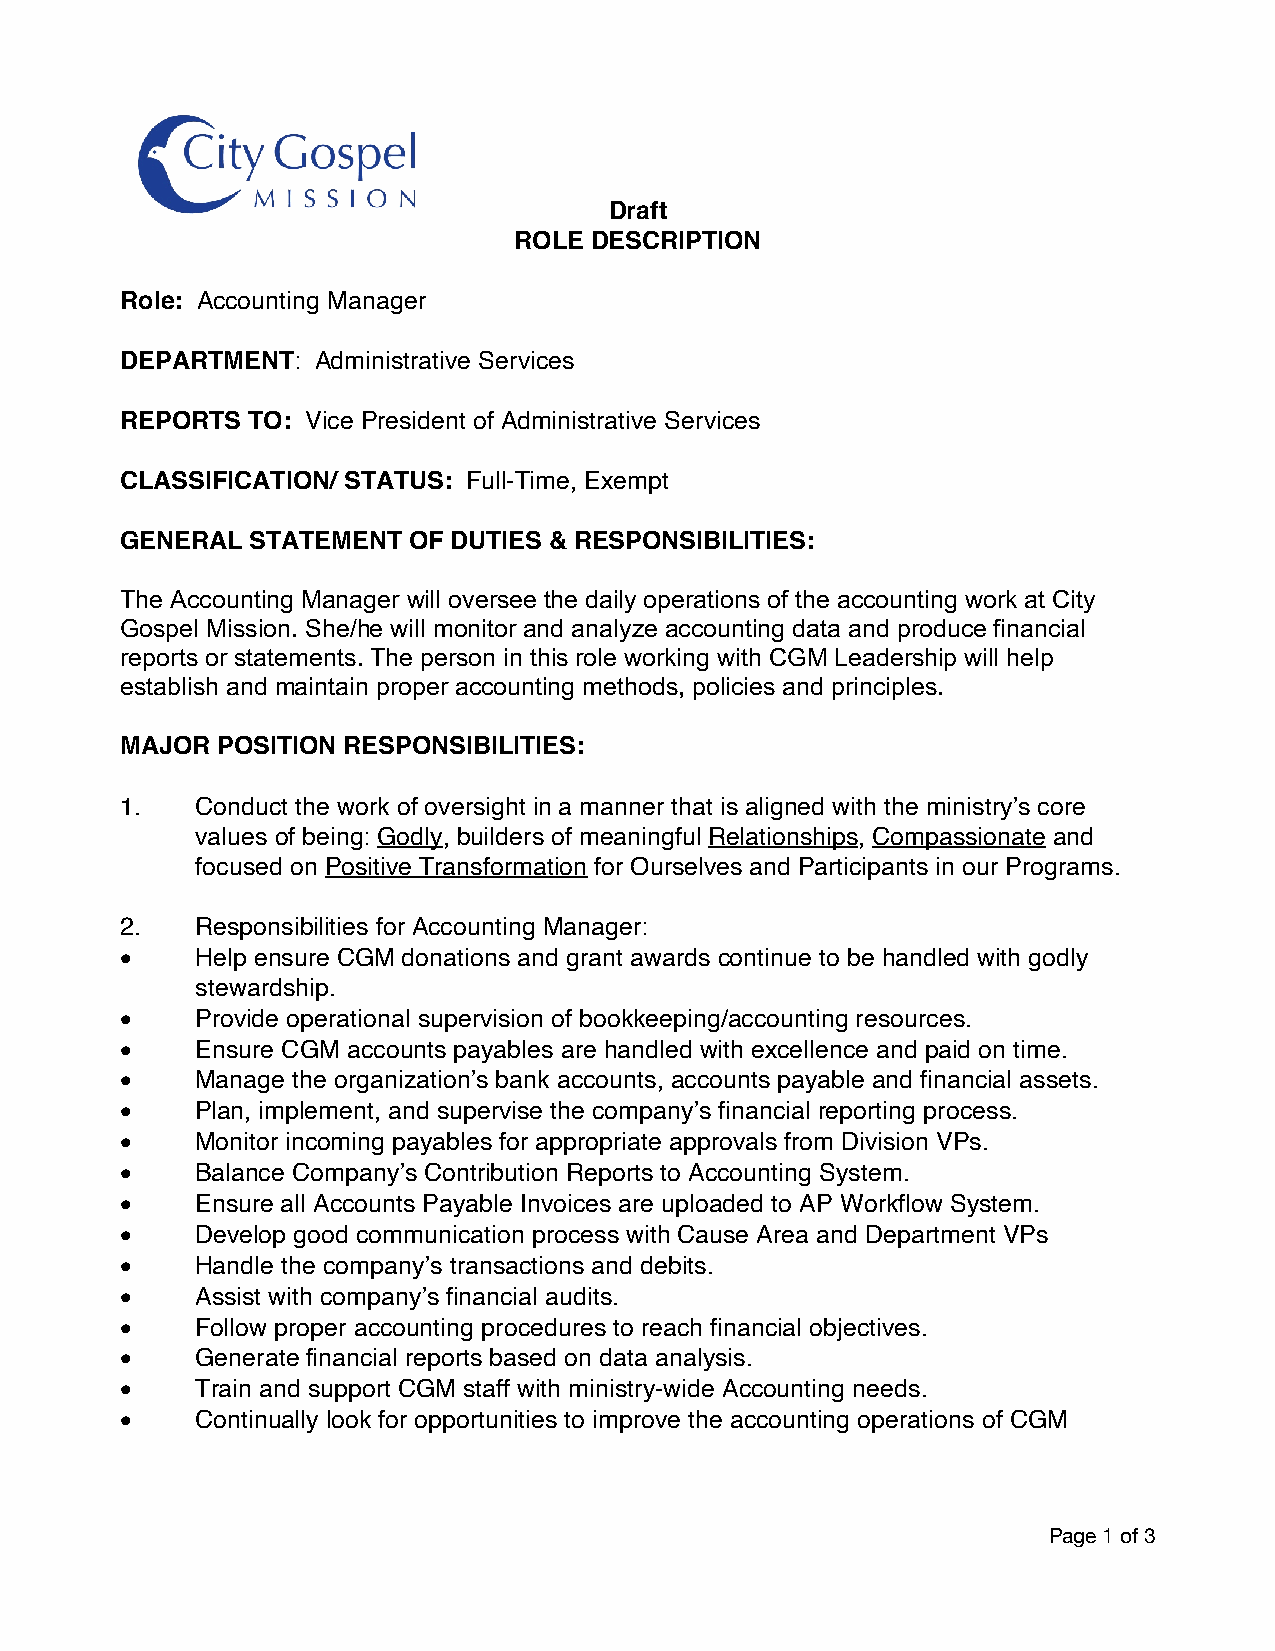
Draft
 ROLE DESCRIPTION
 Role: Accounting Manager
 DEPARTMENT:  Administrative Services
 REPORTS TO: Vice President of Administrative Services
 CLASSIFICATION/ STATUS: Full-Time, Exempt
 GENERAL  STATEMENT OF DUTIES & RESPONSIBILITIES:
 The Accounting Manager will oversee the daily operations of the accounting work at City
 Gospel Mission. She/he will monitor and analyze accounting data and produce financial
 reports or statements. The person in this role working with CGM Leadership will help
 establish and maintain proper accounting methods, policies and principles.
 MAJOR POSITION RESPONSIBILITIES:
 1.   Conduct the work of oversight in a manner that is aligned with the ministry’s core
 values of being: Godly, builders of meaningful Relationships, Compassionate and
 focused on Positive Transformation for Ourselves and Participants in our Programs.
 2.   Responsibilities for Accounting Manager:
 •    Help ensure CGM donations and grant awards continue to be handled with godly
 stewardship.
 •    Provide operational supervision of bookkeeping/accounting resources.
 •    Ensure CGM accounts payables are handled with excellence and paid on time.
 •    Manage the organization’s bank accounts, accounts payable and financial assets.
 •    Plan, implement, and supervise the company’s financial reporting process.
 •    Monitor incoming payables for appropriate approvals from Division VPs.
 •    Balance Company’s Contribution Reports to Accounting System.
 •    Ensure all Accounts Payable Invoices are uploaded to AP Workflow System.
 •    Develop good communication process with Cause Area and Department VPs
 •    Handle the company’s transactions and debits.
 •    Assist with company’s financial audits.
 •    Follow proper accounting procedures to reach financial objectives.
 •    Generate financial reports based on data analysis.
 •    Train and support CGM staff with ministry-wide Accounting needs.
 •    Continually look for opportunities to improve the accounting operations of CGM
 Page 1 of 3